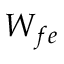
W _ { f e }